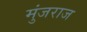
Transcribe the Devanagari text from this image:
मुंजराज